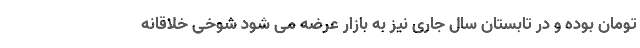
تومان بوده و در تابستان سال جاری نیز به بازار عرضه می شود شوخی خلاقانه